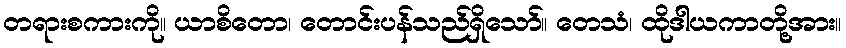
တရားစကားကို။ ယာစိတော၊ တောင်းပန်သည်ရှိသော်။ တေသံ၊ ထိုဒါယကာတို့အား။